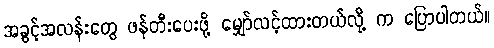
အခွင့်အလန်းတွေ ဖန်တီးပေးဖို့ မျှော်လင့်ထားတယ်လို့ က ပြောပါတယ်။